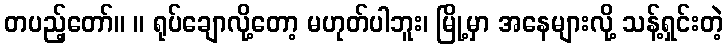
တပည့်တော်။ ။ ရုပ်ချောလို့တော့ မဟုတ်ပါဘူး၊ မြို့မှာ အနေများလို့ သန့်ရှင်းတဲ့